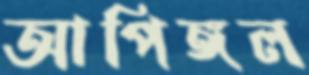
আপিঙ্গল